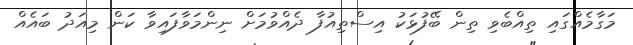
މަގާމެއްގައި ތިއްބެވި ތިން ބޭފުޅަކު އިސްތިއުފާ ދެއްވުމަށް ނިންމަވާފައިވާ ކަން މިއަދު ބައެއް